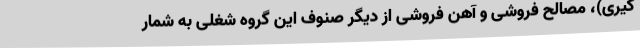
گیری)، مصالح فروشی و آهن فروشی از دیگر صنوف این گروه شغلی به شمار